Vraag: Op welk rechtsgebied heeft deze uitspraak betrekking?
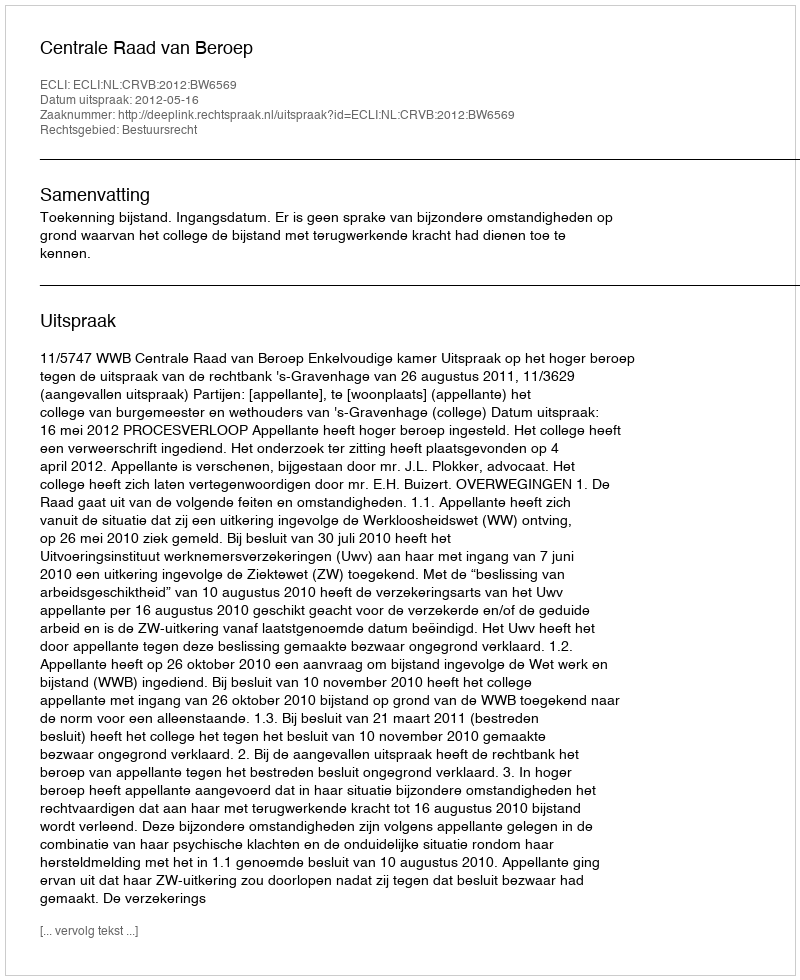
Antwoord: Bestuursrecht